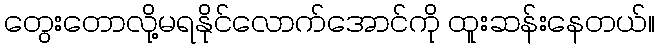
တွေးတောလို့မရနိုင်လောက်အောင်ကို ထူးဆန်းနေတယ်။